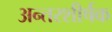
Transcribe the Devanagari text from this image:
अन्तरशीर्षक